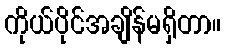
ကိုယ်ပိုင်အချိန်မရှိတာ။